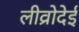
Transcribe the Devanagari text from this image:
लीव्रोदेई